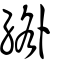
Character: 綹